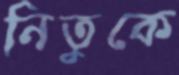
নিতুকে